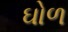
ઘોળ